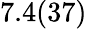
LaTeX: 7.4(37)